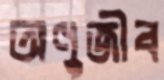
অণুজীব